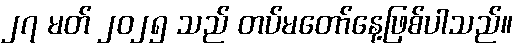
၂၇ မတ် ၂၀၂၅ သည် တပ်မတော်နေ့ဖြစ်ပါသည်။